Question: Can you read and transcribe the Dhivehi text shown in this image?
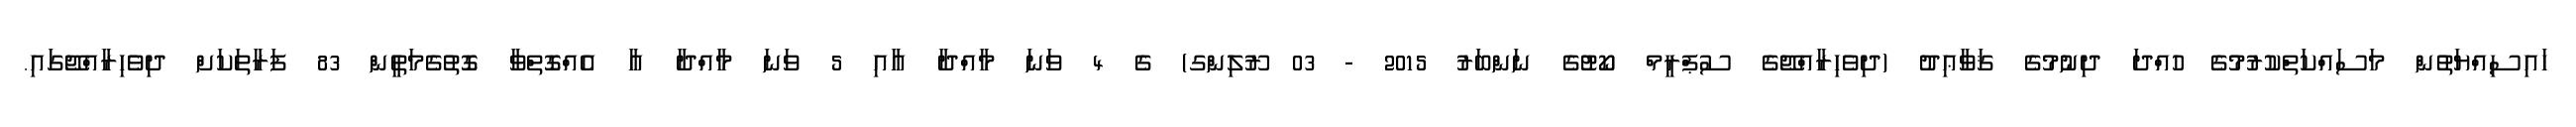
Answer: ހައިސިއްޔަތުން މަސައްކަތްކުރުމުގެ ހުއްދަ ދިނުމުގެ ޤަވާޢިދު (ދިވެހިރާއްޖޭގެ ސުޕްރީމް ކޯޓުގެ ނަންބަރު 2015 - 03 ރޫލިންގ) ގެ 4 ވަނަ މާއްދާ އާއި 5 ވަނަ މާއްދާ އާ އެއްގޮތްވާ ގޮތުގެމަތީން 83 ފަރާތަކަށް ދިވެހިރާއްޖޭގައި.